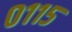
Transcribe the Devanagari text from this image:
०११५